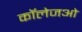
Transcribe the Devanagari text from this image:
कॉलेजओ